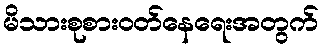
မိသားစုစားဝတ်နေရေးအတွက်